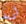
أريد